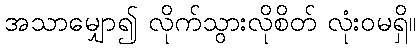
အသာမျှော၍ လိုက်သွားလိုစိတ် လုံးဝမရှိ။